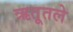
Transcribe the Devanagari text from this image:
ऋतूतले